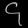
Digit: ၄